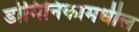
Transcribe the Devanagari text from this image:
डोमिनिकामधील